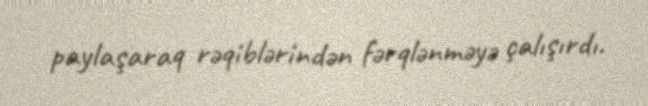
paylaşaraq rəqiblərindən fərqlənməyə çalışırdı.